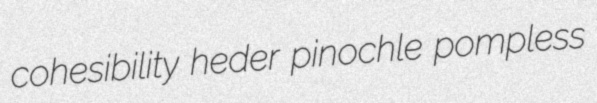
cohesibility heder pinochle pompless